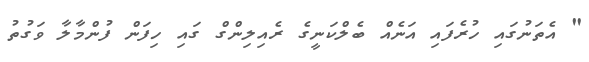
" އެތަނުގައި ހުރެފައި އަނެއް ބެލްކަނީގެ ރެއިލިންގް ގައި ހިފަން ފުންމާލާ ވަގުތު